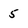
Character: 5